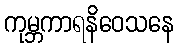
ကုမ္ဘကာရနိဝေသနေ